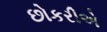
છોકરીએ